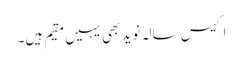
اکیس سالہ نوید بھی یہیں مقیم ہیں۔